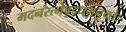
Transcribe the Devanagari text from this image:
मदनरत्नेवृद्धमनूक्तेः